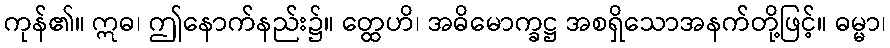
ကုန်၏။ ဣဓ၊ ဤနောက်နည်း၌။ တ္ထေဟိ၊ အဓိမောက္ခဋ္ဌ အစရှိသောအနက်တို့ဖြင့်။ ဓမ္မာ၊